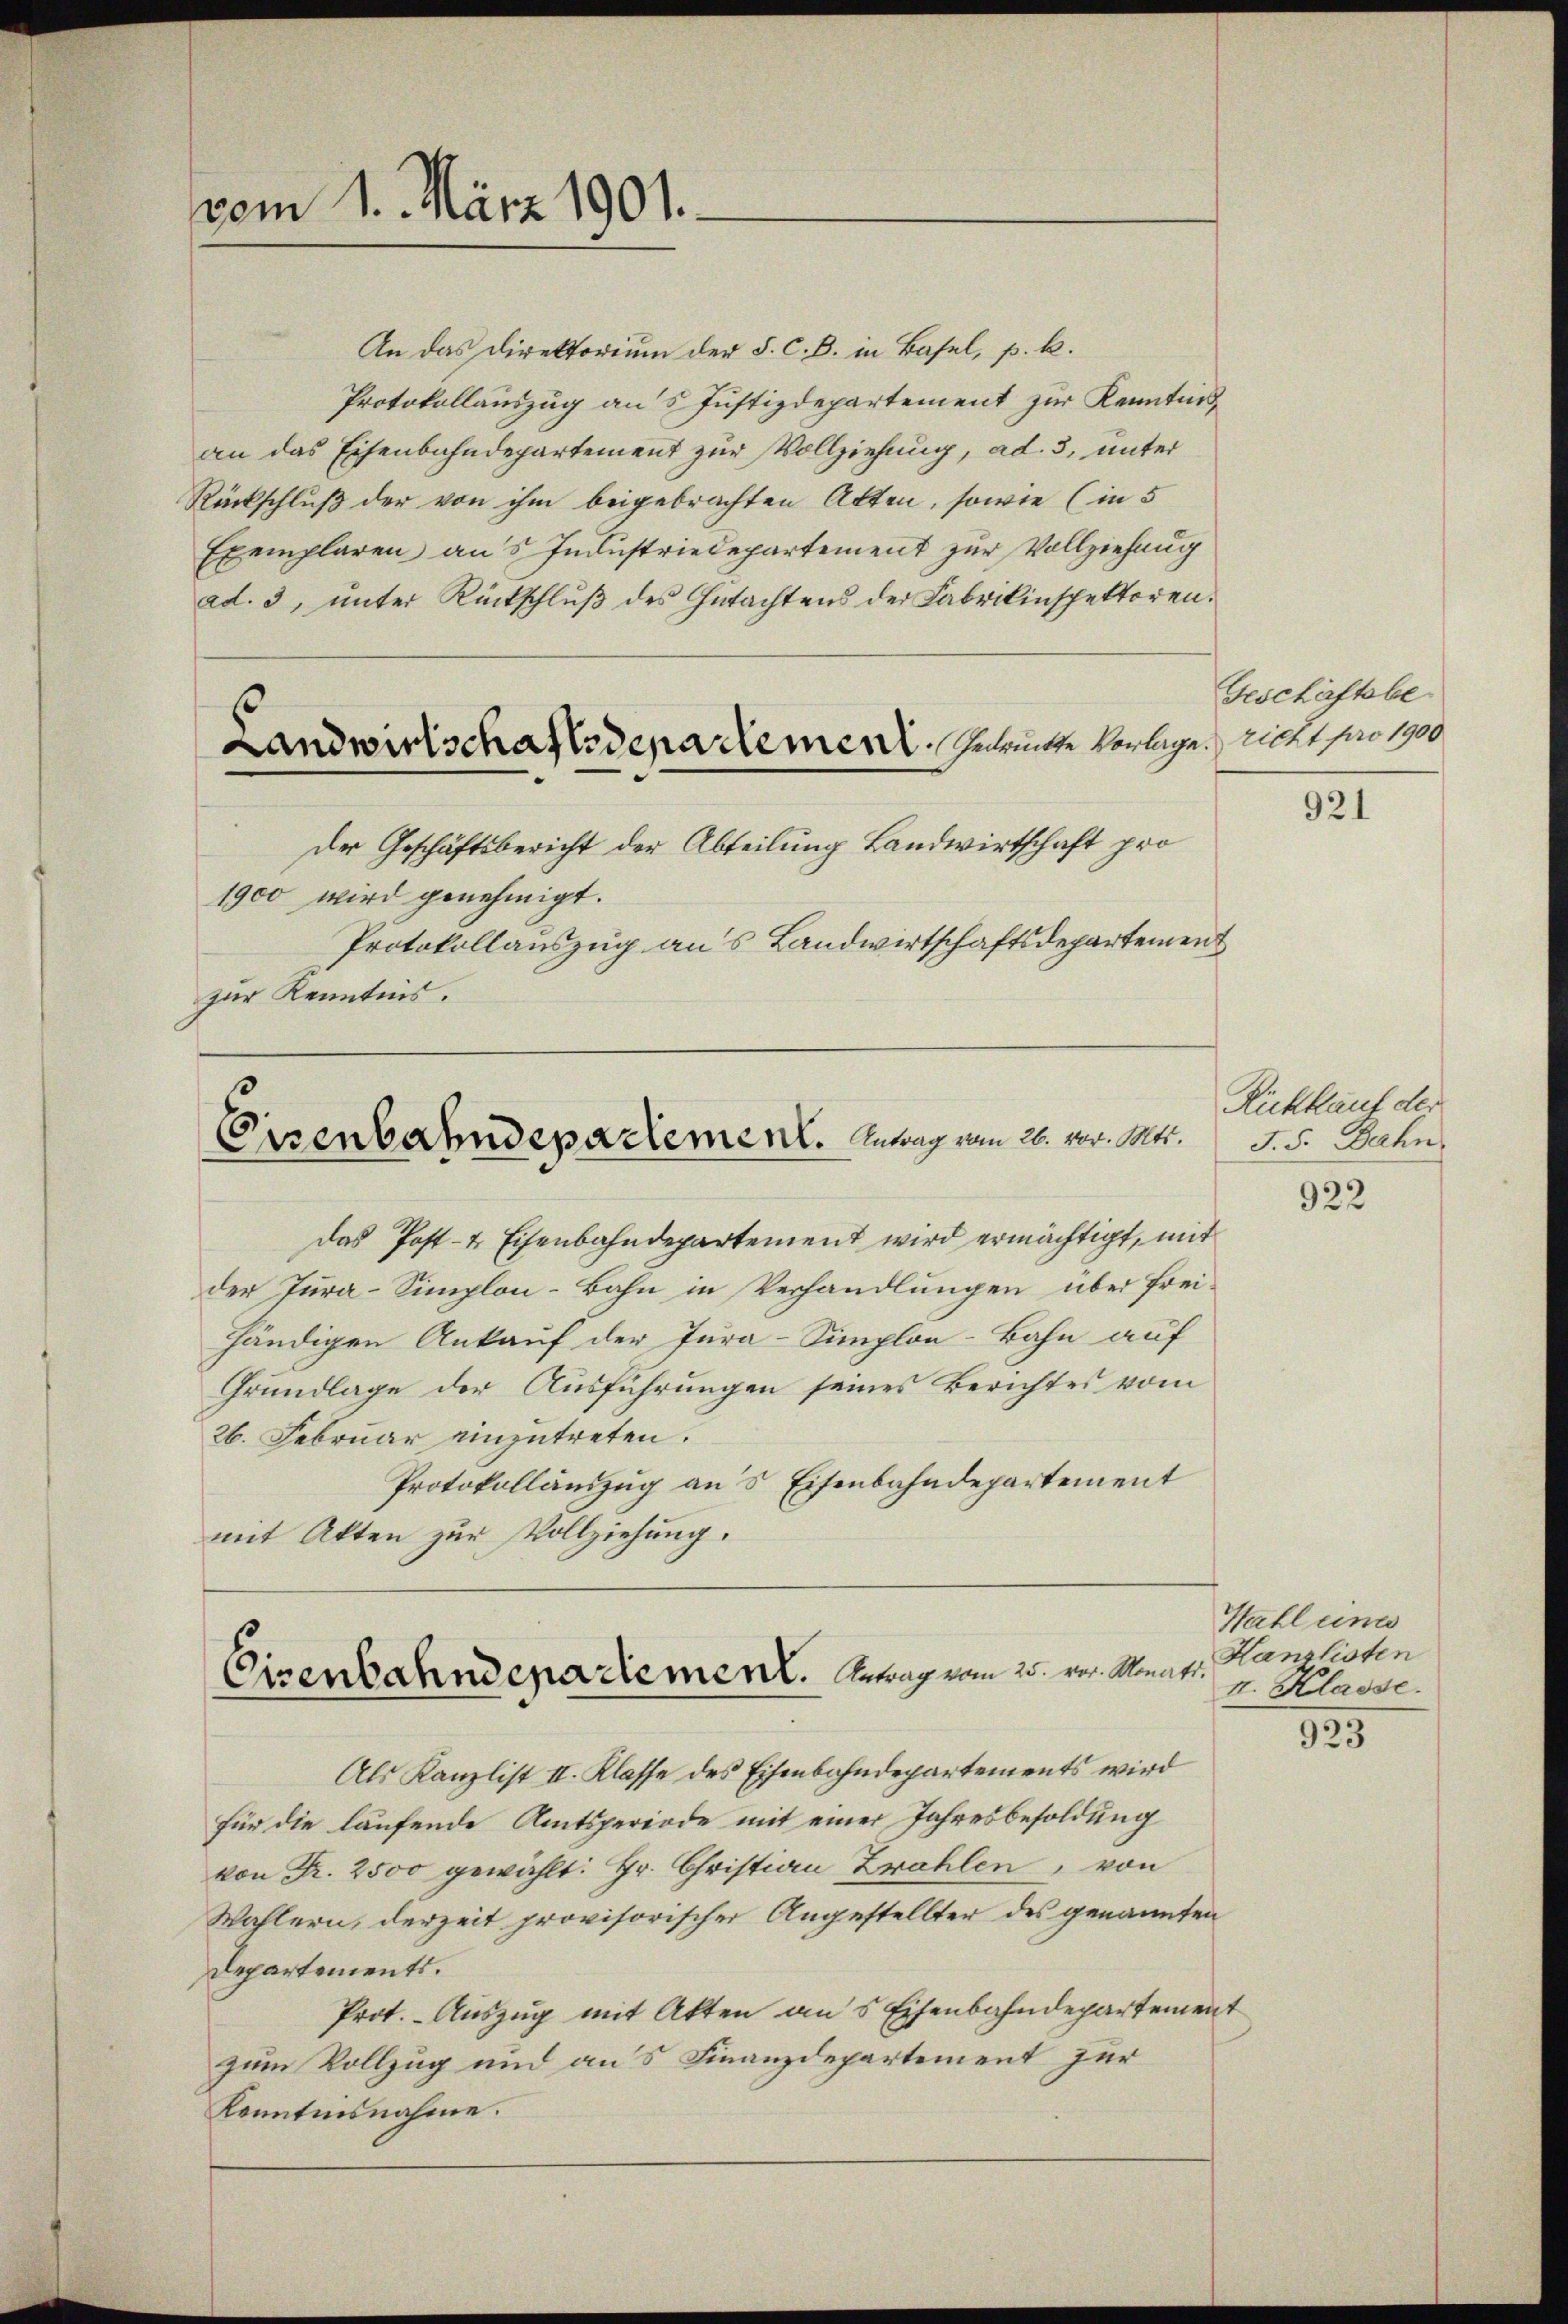
vom 1. März 1901.

An das Direktorium der F. C. B. in Basel, p. k.
Protokollauszug aus Justizdepartement zur Kenntnis,
an das Eisenbahndepartement zur Vollziehung, ad. 5, unter
Rückschluß der von ihm beigebrachten Akten, sowie (in 5
Exemplaren aus Industriedepartement zur Vollziehung
ad. 3, ŭnter Rückschlŭβ des Gŭtachtens der Fabrikinspektoren.
Landwirtschaftsdena dement. Zurückte Vorlage richt pro 1900
Der Geschäftsbericht der Abteilung Landwirtschaft pro
1900 wird genehmigt.
Protokollauszug aus Landwirtschaftsdepartement
zur Kenntnis.

Das Post- & Eisenbahndepartement wird ermächtigt, mit
der Jura-Simplon-Bahn in Verhandlungen über freihändigen Ankauf der Jura-Simplon-Bahn auf
Grundlage der Ausführungen seines Berichtes vom
26. Februar einzutreten.
Protokollauszug an’s Eisenbahndepartement
mit Akten zur Vollziehung.

Eisenbahndepartement. Antrag vom 26. vor. Mts.

Cisenbahndepartement. Antrag vom 25. vor. Monat

Als Kanzlist II. Klasse des Eisenbahndepartements wird
für die laufende Amtsperiode mit einer Jahresbesoldung
von Fr. 2500 gewählt: Hr. Christian Zahlen, von
Wahlern, derzeit provisorischer Angestellter des genannten
Departements.
Prot. Auszug mit Akten ans Eisenbahndepartement
zum Vollzug und aus Finanzdepartement zur
Kenntnisnahme.

Geschäftsbe¬

921

Rückkauf der
J. 5. Dahn

922

Hahl eine
Hanzlisten
II. Klasse.

923